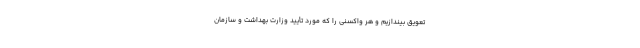
تعویق بیندازیم و هر واکسنی را که مورد تأیید وزارت بهداشت و سازمان